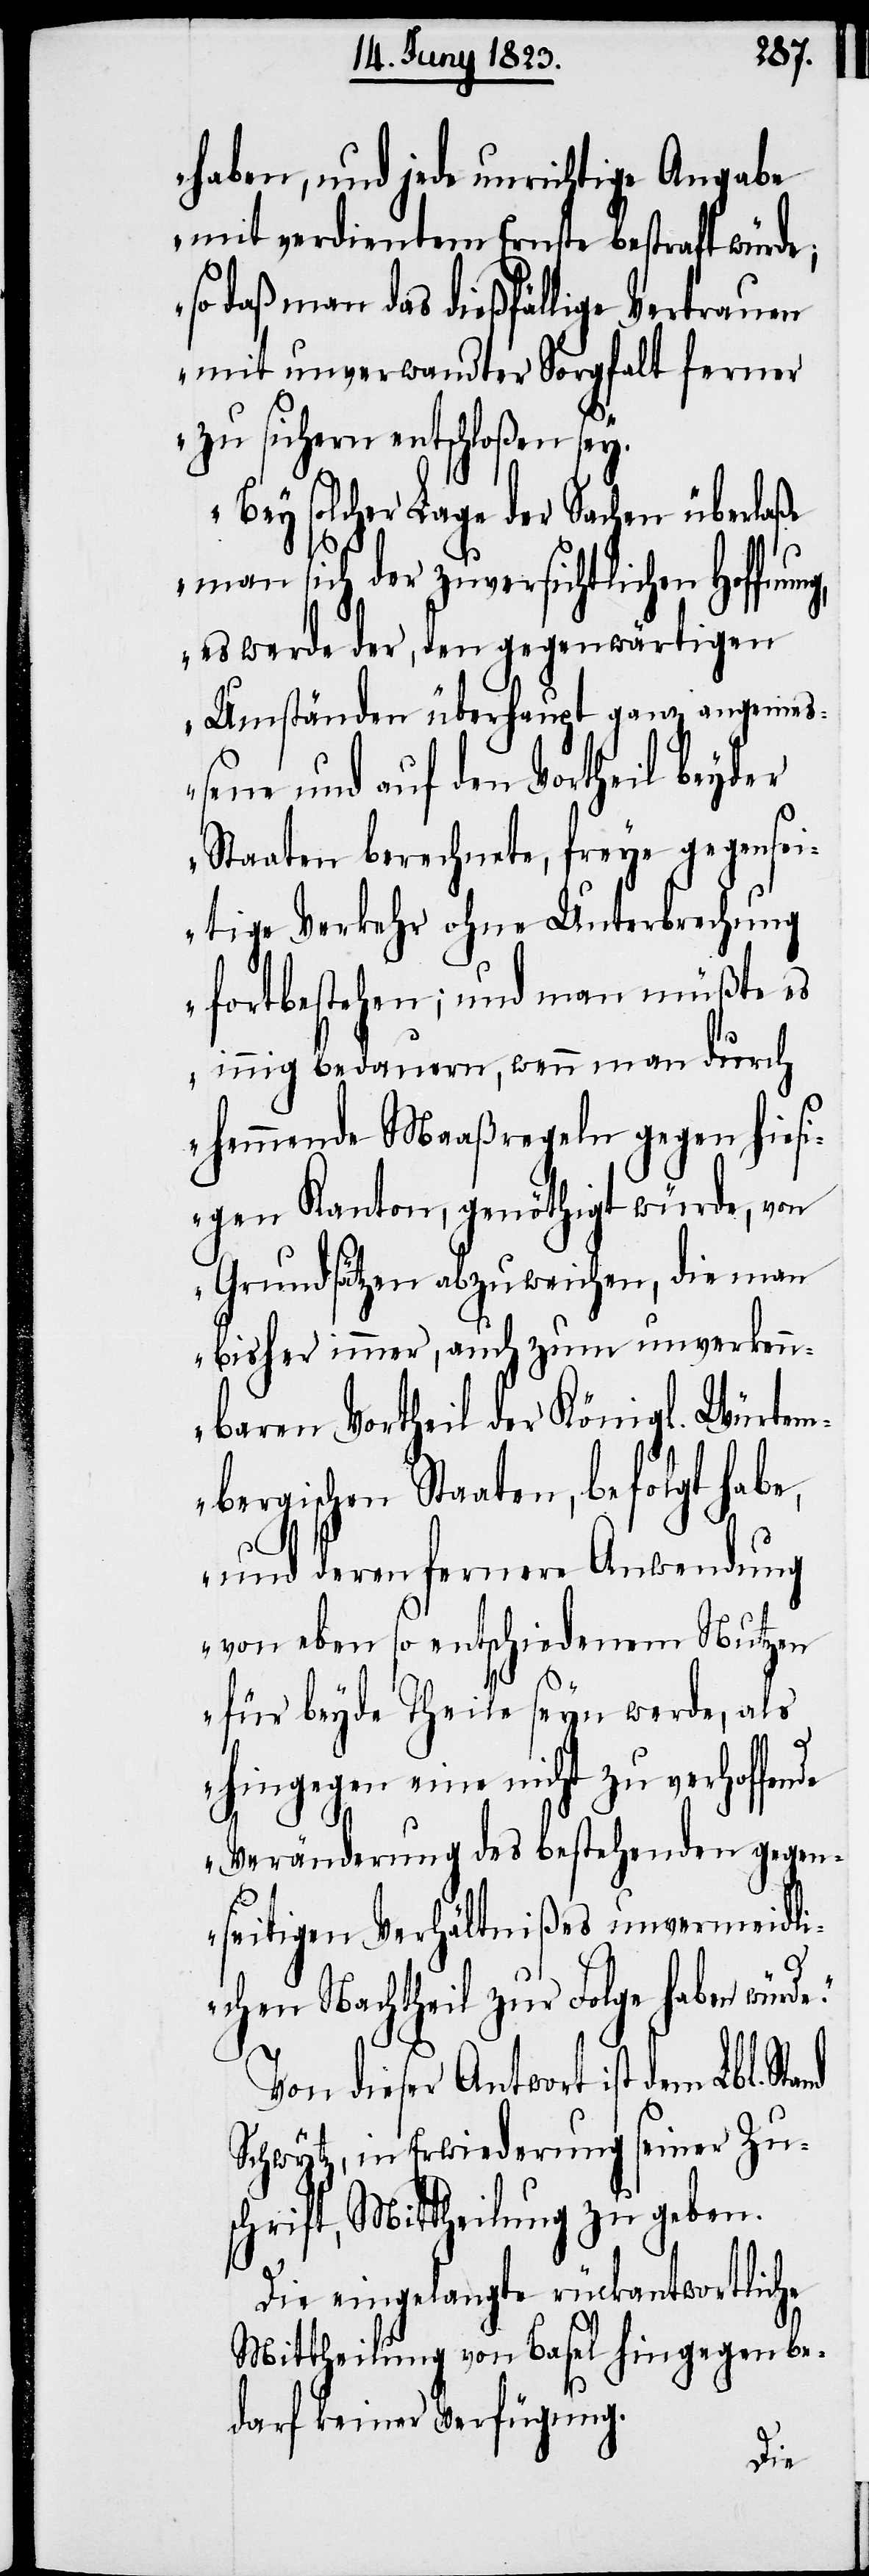
ung,
haben, und jede unrichtige Angabe
mit verdientem Ernste bestraft würde;
so daß man das dießfällige Vertrauen
mit unverwandter Sorgfalt ferner
zu sichern entschloßen sey.
Bey solcher Lage der Sachen überlaße
man sich der zuversichtlichen Hoffn¬
es werde der, den gegenwärtigen
Umständen überhaupt ganz angemeß¬
ene und auf den Vortheil beyder
Staaten berechnete, freye gegensei¬
tige Verkehr ohne Unterbrechung
fortbestehen; und man müßte es
innig bedauern, wenn man durch
hemmende Maaßregeln gegen hiesi¬
gen Kanton, genöthigt würde, von
Grundsätzen abzuweichen, die man
bisher immer, auch zum unverkenn¬
baren Vortheil der Königl. Würtem¬
bergischen Staaten, befolgt habe,
und deren fernere Anwendung
von eben so entschiedenem Nutzen
für beyde Theile seyn werde, als
hingegen eine nicht zu verhoffende
Veränderung des bestehenden gegen¬
seitigen Verhältnißes unvermeidli¬
nd
chen Nachtheil zur Folge haben würd¬
Von dieser Antwort ist dem Lbl. Sta¬
Schwytz, in Erwiederung seiner Zu¬
schrift, Mittheilung zu geben.
Die eingelangte rückantwortliche
Mittheilung von Basel hingegen be¬
darf keiner Verfügung.